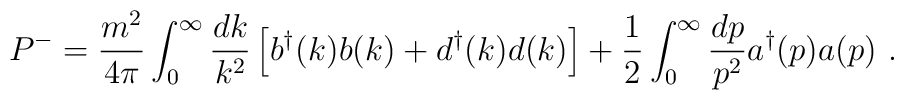
P^-={m^2\over 4\pi}\int_{0}^{\infty}{dk\over k^2}	     \left[b^{\dag}(k)b(k)+d^{\dag}(k)d(k)\right]	     +{1\over 2}\int_{0}^{\infty}{dp\over p^2}	     a^{\dag}(p)a(p)\ .